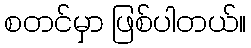
စတင်မှာ ဖြစ်ပါတယ်။